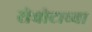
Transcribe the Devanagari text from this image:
रोबोटाच्या